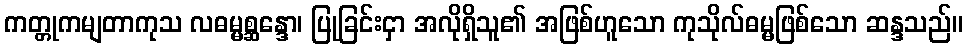
ကတ္တုကမျတာကုသ လဓမ္မစ္ဆန္ဒော၊ ပြုခြင်းငှာ အလိုရှိသူ၏ အဖြစ်ဟူသော ကုသိုလ်ဓမ္မဖြစ်သော ဆန္ဒသည်။